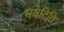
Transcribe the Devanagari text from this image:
भवेदिति